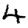
Digit: 4